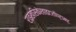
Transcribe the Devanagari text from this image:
राइखसिकेरहाइटशॉप्टाम्ट